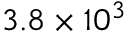
3 . 8 \times 1 0 ^ { 3 }